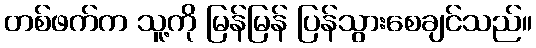
တစ်ဖက်က သူ့ကို မြန်မြန် ပြန်သွားစေချင်သည်။